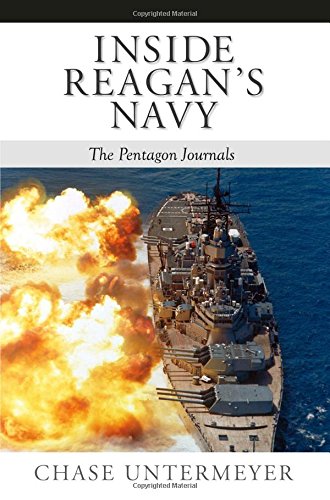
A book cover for Inside Reagan's Navy: The Pentagon Journals; Chase Untermeyer; Literature & Fiction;